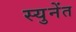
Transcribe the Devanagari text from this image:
स्युनेंत